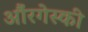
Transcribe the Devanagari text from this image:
औंरगेस्की